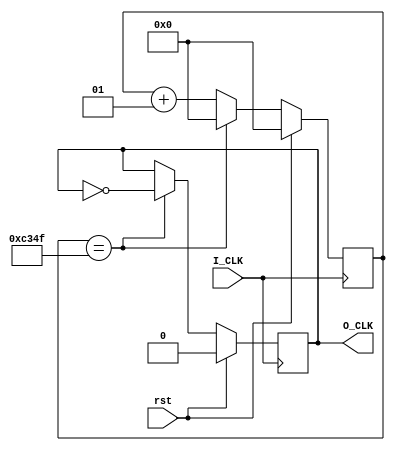
`timescale 1ns / 1ps

//2KHZ

module Divider_2kHZ(
    input I_CLK,
    input rst,
    output reg O_CLK
    );
    integer i=0;
    parameter num=50000;
    always @ (posedge I_CLK)
    begin
    if(rst==1)
        begin
        O_CLK=0;
        i=0;
        end
    else
    begin
        if(i==num-1)
        begin
        O_CLK=~O_CLK;
        i=0;
        end//end reset num
        else
        i=i+1;
    end//end rst==0
    end//end always
endmodule